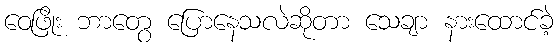
ဝေဖြိုး ဘာတွေ ပြောနေသလဲဆိုတာ သေချာ နားထောင်ခဲ့